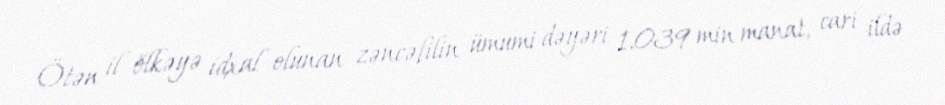
Ötən il ölkəyə idxal olunan zəncəfilin ümumi dəyəri 1.039 min manat, cari ildə